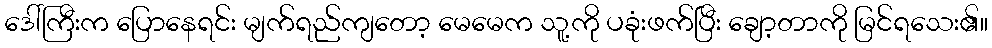
ဒေါ်ကြီးက ပြောနေရင်း မျက်ရည်ကျတော့ မေမေက သူ့ကို ပခုံးဖက်ပြီး ချော့တာကို မြင်ရသေး၏။